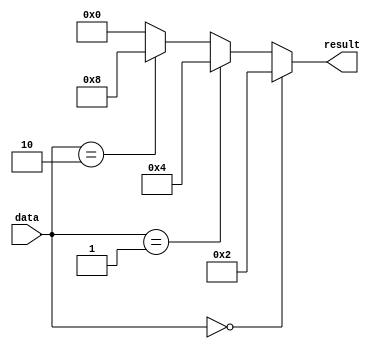
module conditional_assignment (
    input [3:0] data,
    output reg [3:0] result
);

always @(*) begin
    if (data == 4'b0000)
        result = 4'b0010;
    else if (data == 4'b0001)
        result = 4'b0100;
    else if (data == 4'b0010)
        result = 4'b1000;
    else
        result = 4'b0000;
end

endmodule